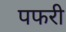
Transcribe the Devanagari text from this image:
पफरी